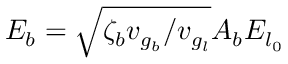
E _ { b } = \sqrt { \zeta _ { b } v _ { g _ { b } } / v _ { g _ { l } } } A _ { b } E _ { l _ { 0 } }